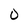
Character: O